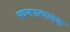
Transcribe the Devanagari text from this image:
स्वनउत्पादक